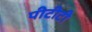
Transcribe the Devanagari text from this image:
पीटीटी